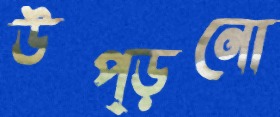
উপ্‌ড়নো